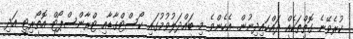
ކުރެވޭނެ ގޮތްތަކެއް ދައްކައިދިނުން. އެހެންވެ މި ބައްދަލުވުމުގައި ކޯސްޓްގާޑާއި ޓްރާންސްޕޯޓް އޮތޯރިޓީ އަދި